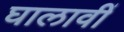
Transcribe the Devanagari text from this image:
घालावीं